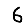
Digit: 6